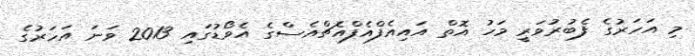
މި އަހަރުގެ ފެބުރުވަރީ މަހު އޮތް އައިއެފްއެފްއެޗްއެސްގެ އެވޯޑުގައި 2013 ވަނަ އަހަރުގެ